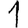
Digit: 1